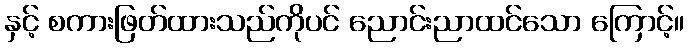
နှင့် စကားဖြတ်ထားသည်ကိုပင် ညောင်းညာထင်သော ကြောင့်။